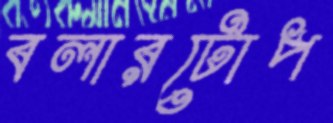
বলারটোপ